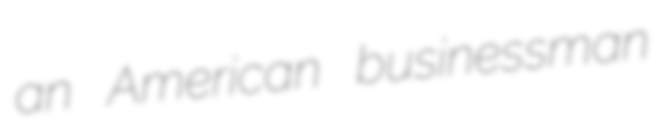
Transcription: an American businessman